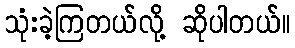
သုံးခဲ့ကြတယ်လို့ ဆိုပါတယ်။